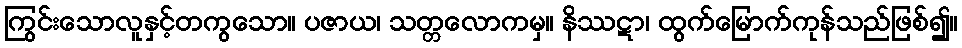
ကြွင်းသောလူနှင့်တကွသော။ ပဇာယ၊ သတ္တလောကမှ။ နိဿဋာ၊ ထွက်မြောက်ကုန်သည်ဖြစ်၍။